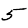
Digit: 5